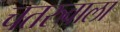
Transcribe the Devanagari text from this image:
चतरुवाला